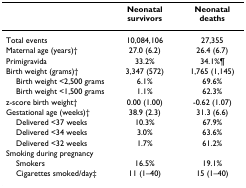
<table><thead><tr><td></td><td><b>Neonatal survivors</b></td><td><b>Neonatal deaths</b></td></tr></thead><tbody><tr><td>Total events</td><td>10,084,106</td><td>27,355</td></tr><tr><td>Maternal age (years)†</td><td>27.0 (6.2)</td><td>26.4 (6.7)</td></tr><tr><td>Primigravida</td><td>33.2%</td><td>34.1%¶</td></tr><tr><td>Birth weight (grams)†</td><td>3,347 (572)</td><td>1,765 (1,145)</td></tr><tr><td> Birth weight &lt;2,500 grams</td><td>6.1%</td><td>69.6%</td></tr><tr><td> Birth weight &lt;1,500 grams</td><td>1.1%</td><td>62.3%</td></tr><tr><td>z-score birth weight†</td><td>0.00 (1.00)</td><td>-0.62 (1.07)</td></tr><tr><td>Gestational age (weeks)†</td><td>38.9 (2.3)</td><td>31.3 (6.6)</td></tr><tr><td> Delivered &lt;37 weeks</td><td>10.3%</td><td>67.9%</td></tr><tr><td> Delivered &lt;34 weeks</td><td>3.0%</td><td>63.6%</td></tr><tr><td> Delivered &lt;32 weeks</td><td>1.7%</td><td>61.2%</td></tr><tr><td>Smoking during pregnancy</td><td></td><td></td></tr><tr><td> Smokers</td><td>16.5%</td><td>19.1%</td></tr><tr><td> Cigarettes smoked/day‡</td><td>11 (1–40)</td><td>15 (1–40)</td></tr></tbody></table>